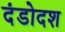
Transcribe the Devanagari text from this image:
दंडोदश